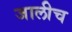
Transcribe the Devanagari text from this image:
जालीच